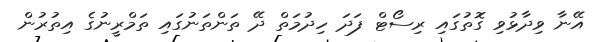
އޭނާ ވިދާޅުވި ގޮތުގައި ރިސޯޓް ފަދަ ހިދުމަތް ދޭ ތަންތަނުގައި ތަމްރީނުގެ އިތުރުން